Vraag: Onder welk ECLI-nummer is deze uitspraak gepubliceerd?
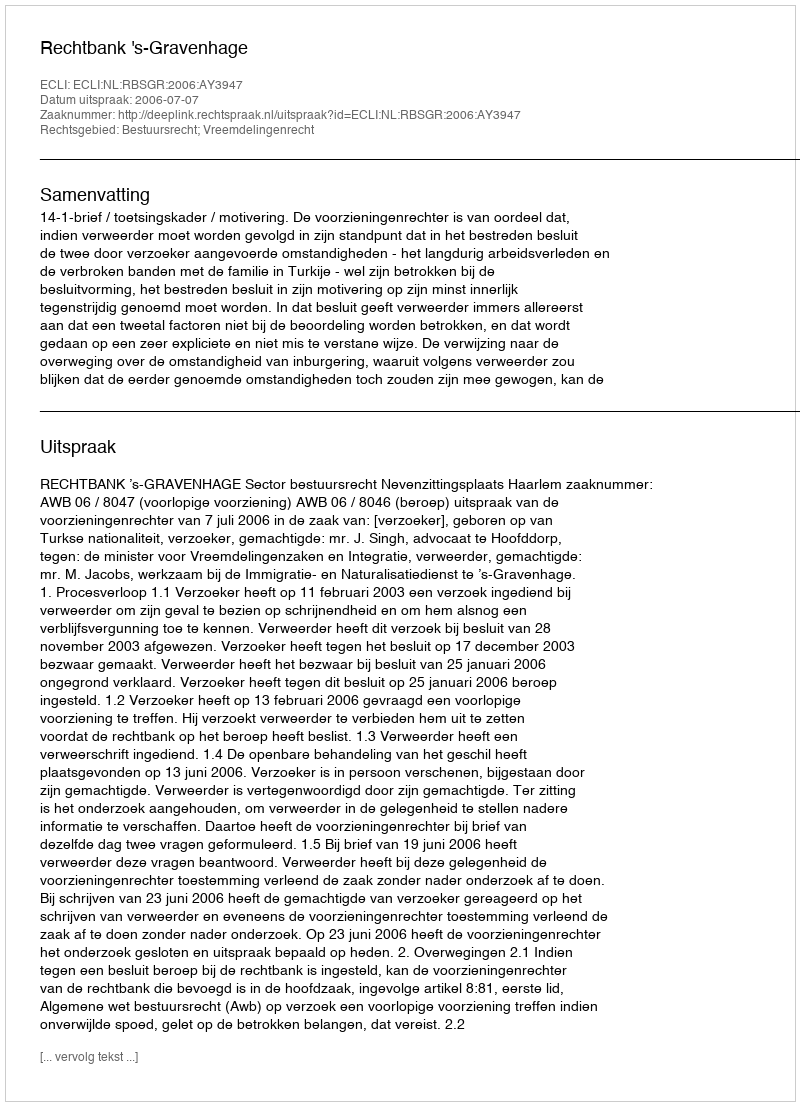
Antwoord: ECLI:NL:RBSGR:2006:AY3947